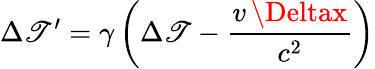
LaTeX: \Delta\mathscr{T}^{\prime}=\gamma\left(\Delta\mathscr{T}-{\frac{{v\, \Deltax}}{{c^{2}}}}\right)